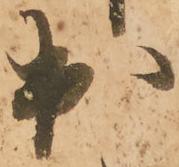
出